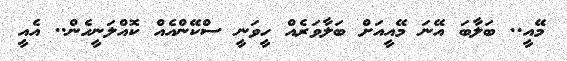
މޭއީ.. ބަލާބަ އޭނަ މޭއީއަށް ބަލާވަރެއް ހީވަނީ ސްކޭންއެއް ކޮއްލަނީހެން.. އެއީ